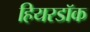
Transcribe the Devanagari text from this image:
हियरडॉक